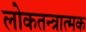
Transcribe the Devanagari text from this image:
लोकतन्त्रात्मक